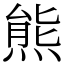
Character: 熊